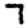
Digit: 7